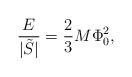
LaTeX: \begin{align*}\frac{E}{|\tilde{S}|} = \frac{2}{3} M \Phi_{0}^{2},\end{align*}